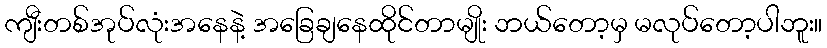
ကျီးတစ်အုပ်လုံးအနေနဲ့ အခြေချနေထိုင်တာမျိုး ဘယ်တော့မှ မလုပ်တော့ပါဘူး။